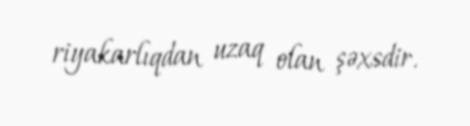
riyakarlıqdan uzaq olan şəxsdir.